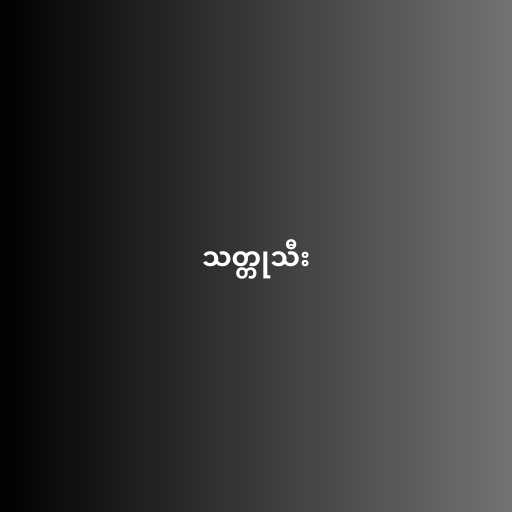
သတ္တုသီး